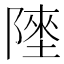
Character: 𱀬